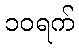
၁၀ရက်